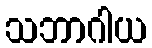
သဘာဂါယ